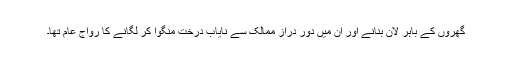
گھروں کے باہر لان بنانے اور اُن میں دُور دراز ممالک سے نایاب درخت منگوا کر لگانے کا رواج عام تھا۔